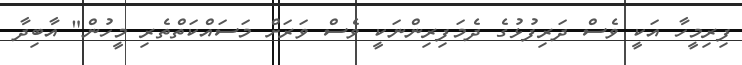
ފިރިމީހާ އަކީ ވެސް ދަރިފުޅުގެ ދެމަފިރިންނަކީ ވެސް ވަރަށް މަސައްކަތްތެރި މީހުން" އާބިދާ